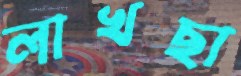
লাখছা